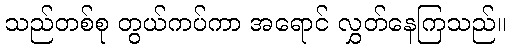
သည်တစ်စု တွယ်ကပ်ကာ အရောင် လွှတ်နေကြသည်။